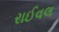
રાઈવલ